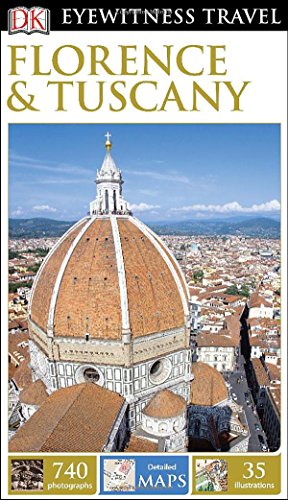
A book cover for DK Eyewitness Travel Guide: Florence & Tuscany; DK Publishing; Travel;